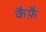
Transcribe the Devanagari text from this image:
कैफ़ै